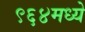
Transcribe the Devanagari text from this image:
९६४मध्ये